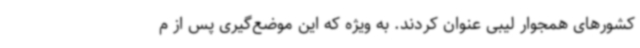
کشورهای همجوار لیبی عنوان کردند. به ویژه که این موضع‌گیری پس از م